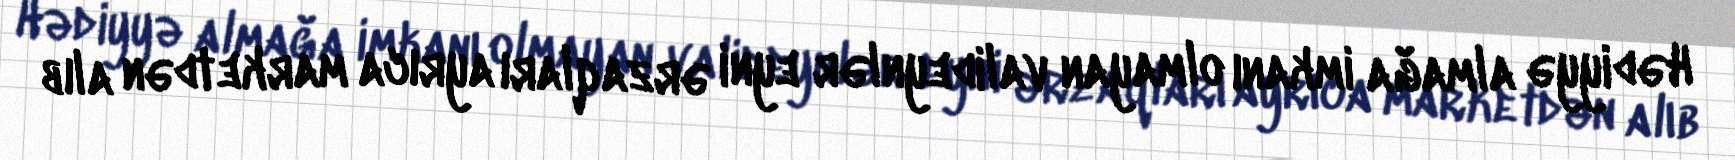
Hədiyyə almağa imkanı olmayan valideynlər eyni ərzaqları ayrıca marketdən alıb